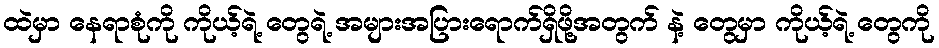
ထဲမှာ နေရာစုံကို ကိုယ့်ရဲ့ တွေရဲ့ အများအပြားရောက်ရှိဖို့အတွက် နဲ့ တွေမှာ ကိုယ့်ရဲ့ တွေကို